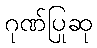
ဂုဏ်ပြုဆု